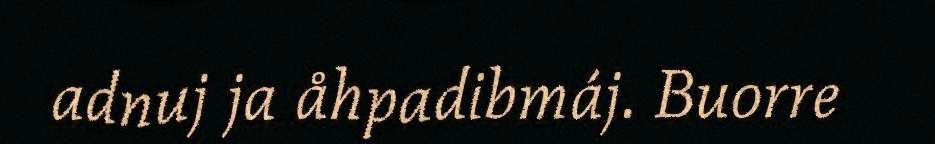
adnuj ja åhpadibmáj. Buorre